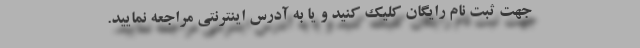
جهت ثبت نام رایگان کلیک کنید و یا به آدرس اینترنتی مراجعه نمایید.